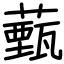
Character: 薽